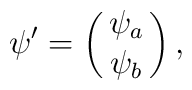
\psi'=\left(\matrix{\psi_a\cr\psi_b}\right),